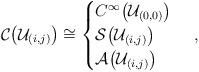
LaTeX: \begin{align*}\mathcal{C} \big ( \mathcal{U}_{(i,j)} \big ) \cong \begin{cases} C^\infty \big ( \mathcal{U}_{(0,0)} \big ) & \\ \mathcal{S} \big ( \mathcal{U}_{(i,j)} \big ) & \\ \mathcal{A} \big ( \mathcal{U}_{(i,j)} \big ) & \end{cases} \, ,\end{align*}